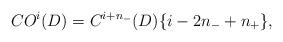
LaTeX: \begin{align*}CO^i(D) = C^{i+n_-}(D)\{i-2n_-+n_+\},\end{align*}